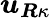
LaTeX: \boldsymbol{u}_{\boldsymbol{R}\kappa}